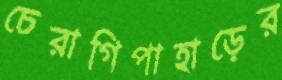
চেরাগিপাহাড়ের